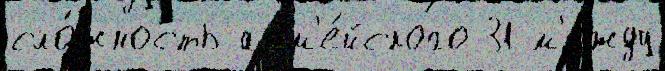
сло́жность арм'е́йского 31 м'е́жду